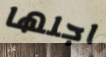
اجلها